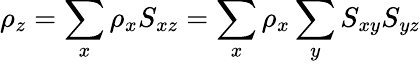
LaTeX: \rho_{z}=\sum_{x}\rho_{x}S_{xz}=\sum_{x}\rho_{x}\sum_{y}S_{xy}S_{yz}